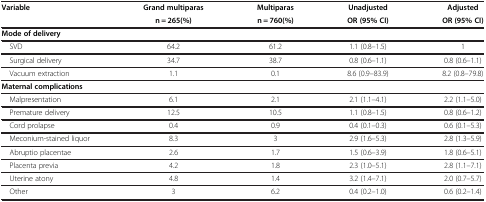
<table><thead><tr><td><b>Variable</b></td><td><b>Grand multiparas</b></td><td><b>Multiparas</b></td><td><b>Unadjusted</b></td><td><b>Adjusted</b></td></tr><tr><td>[EMPTY_CELL]</td><td><b>n = 265(%)</b></td><td><b>n = 760(%)</b></td><td><b>OR (95% CI)</b></td><td><b>OR (95% CI)</b></td></tr></thead><tbody><tr><td><b>Mode of delivery</b></td><td>[EMPTY_CELL]</td><td>[EMPTY_CELL]</td><td>[EMPTY_CELL]</td><td>[EMPTY_CELL]</td></tr><tr><td> SVD</td><td>64.2</td><td>61.2</td><td>1.1 (0.8–1.5)</td><td>1</td></tr><tr><td> Surgical delivery</td><td>34.7</td><td>38.7</td><td>0.8 (0.6–1.1)</td><td>0.8 (0.6–1.1)</td></tr><tr><td> Vacuum extraction</td><td>1.1</td><td>0.1</td><td>8.6 (0.9–83.9)</td><td>8.2 (0.8–79.8)</td></tr><tr><td><b>Maternal complications</b></td><td>[EMPTY_CELL]</td><td>[EMPTY_CELL]</td><td>[EMPTY_CELL]</td><td>[EMPTY_CELL]</td></tr><tr><td> Malpresentation</td><td>6.1</td><td>2.1</td><td>2.1 (1.1–4.1)</td><td>2.2 (1.1–5.0)</td></tr><tr><td> Premature delivery</td><td>12.5</td><td>10.5</td><td>1.1 (0.8–1.5)</td><td>0.8 (0.6–1.2)</td></tr><tr><td> Cord prolapse</td><td>0.4</td><td>0.9</td><td>0.4 (0.1–0.3)</td><td>0.6 (0.1–5.3)</td></tr><tr><td> Meconium-stained liquor</td><td>8.3</td><td>3</td><td>2.9 (1.6–5.3)</td><td>2.8 (1.3–5.9)</td></tr><tr><td> Abruptio placentae</td><td>2.6</td><td>1.7</td><td>1.5 (0.6–3.9)</td><td>1.8 (0.6–5.1)</td></tr><tr><td> Placenta previa</td><td>4.2</td><td>1.8</td><td>2.3 (1.0–5.1)</td><td>2.8 (1.1–7.1)</td></tr><tr><td> Uterine atony</td><td>4.8</td><td>1.4</td><td>3.2 (1.4–7.1)</td><td>2.0 (0.7–5.7)</td></tr><tr><td> Other</td><td>3</td><td>6.2</td><td>0.4 (0.2–1.0)</td><td>0.6 (0.2–1.4)</td></tr></tbody></table>